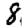
Digit: 8